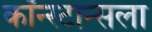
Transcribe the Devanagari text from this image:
कॉन्स्टान्सला